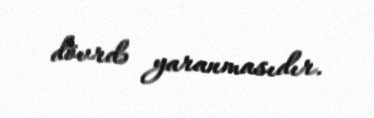
dövrdə yaranmasıdır.